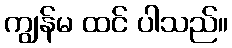
ကျွန်မ ထင် ပါသည်။